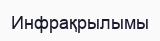
Инфрақрылымы